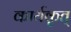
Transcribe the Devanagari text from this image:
कार्यकृत्